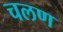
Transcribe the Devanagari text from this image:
चलण